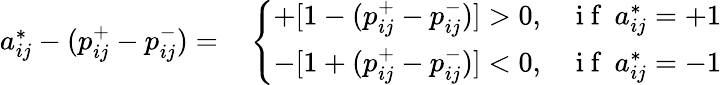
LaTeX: \begin{array}{rl}{a_{ij}^{*}-(p_{ij}^{+}-p_{ij}^{-})=}&{{}\left\{ \begin{array}{ll}{+[1-(p_{ij}^{+}-p_{ij}^{-})]>0,}&{\mathrm{~i~f~}\: a_{ij}^{*}=+1}\\ {-[1+(p_{ij}^{+}-p_{ij}^{-})]<0,}&{\mathrm{~i~f~}\: a_{ij}^{*}=-1}\end{array}\right.}\end{array}